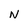
Character: N